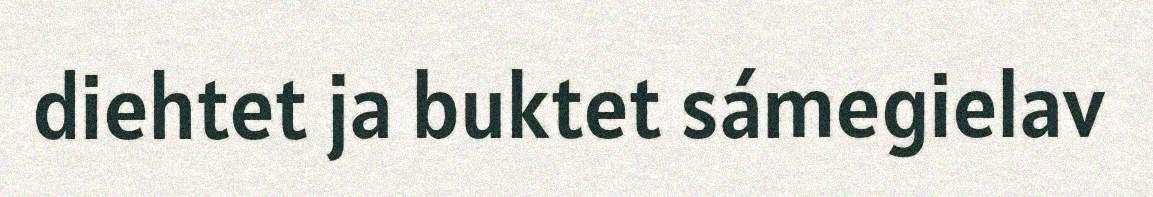
diehtet ja buktet sámegielav